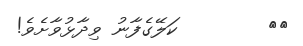
٦٤        ކަލޭގެފާނު ވިދާޅުވާށެވެ!